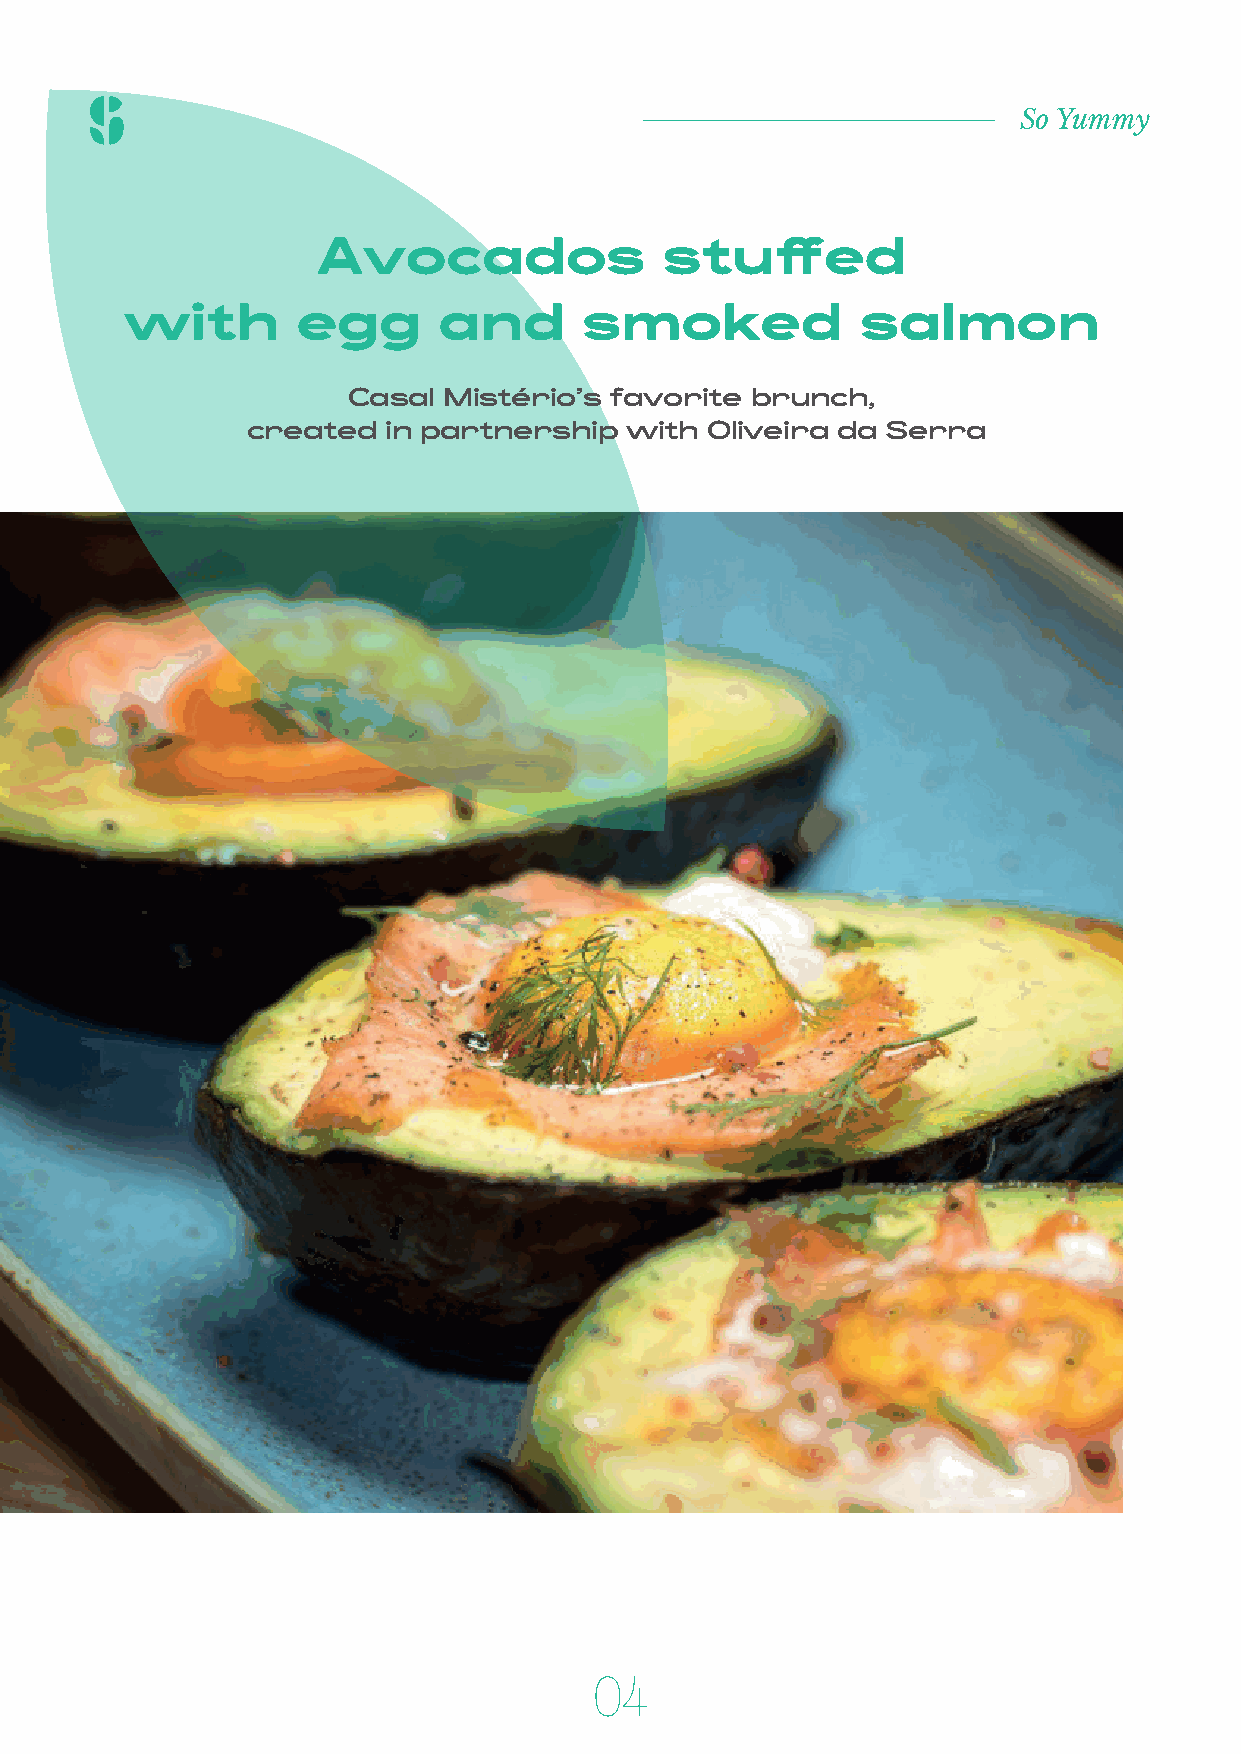
So Yummy
 Avocados               stuffed
 with        egg      and       smoked            salmon
 Casal Mistério’s favorite  brunch,
 created  in partnership  with  Oliveira da Serra
 04